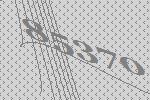
85370